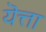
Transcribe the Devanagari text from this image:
यॆत्ता